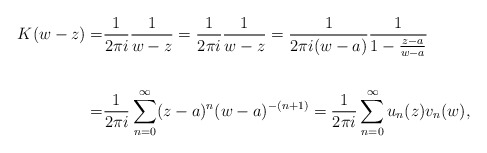
\begin{align*}K(w-z) = & \frac{1}{2\pi i} \frac{1}{w-z} = \frac{1}{2\pi i} \frac{1}{w-z} = \frac{1}{2\pi i (w-a)} \frac{1}{1-\frac{z-a}{w-a}} \\\\ = & \frac{1}{2\pi i } \sum_{n=0}^{\infty} (z-a)^n(w-a)^{-(n+1)} = \frac{1}{2\pi i } \sum_{n=0}^{\infty} u_n(z)v_n(w), \end{align*}